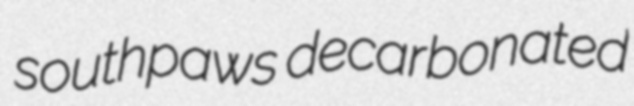
southpaws decarbonated